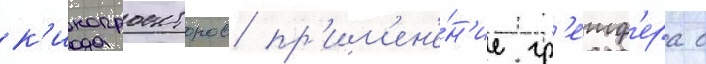
к'инопроекторов пр'им'ен'е́н'ие гр'еиф'ера с